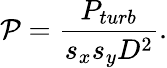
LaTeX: \mathcal{P}=\frac{P_{turb}}{s_{x}s_{y}D^{2}}.